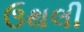
ઉથલી